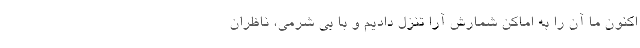
اکنون ما آن را به اماکن شمارش آرا تنزل دادیم و با بی شرمی، ناظران